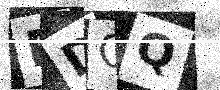
Text: PDQQ